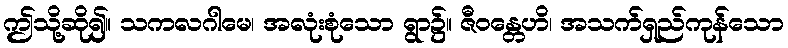
ဤသို့ဆို၍။ သကလဂါမေ၊ အလုံးစုံသော ရွာ၌။ ဇီဝန္တေဟိ၊ အသက်ရှည်ကုန်သော